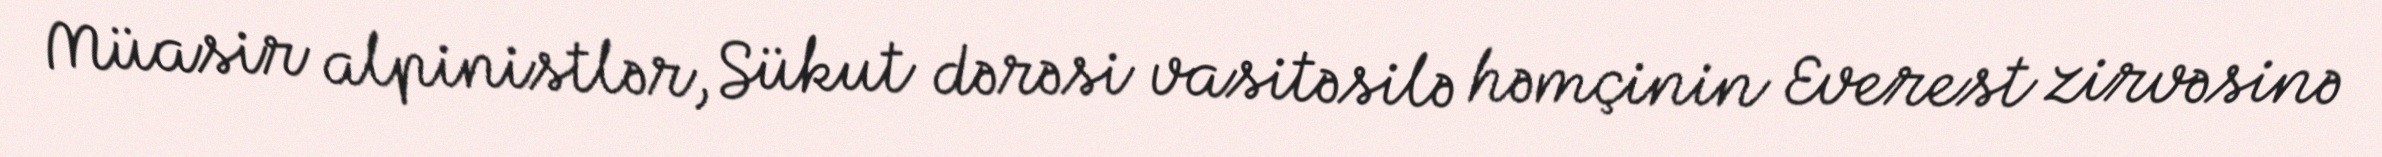
Müasir alpinistlər, Sükut dərəsi vasitəsilə həmçinin Everest zirvəsinə